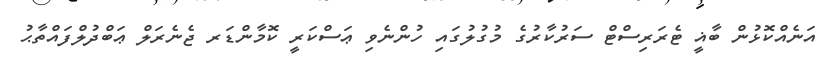
އަނެއްކޮޅުން ބާޣީ ޓެރަރިސްޓް ސަރުކާރުގެ މުގުލުގައި ހުންނެވި ޢަސްކަރީ ކޮމާންޑަރ ޖެނެރަލް ޢަބްދުލްފައްތާޙު